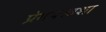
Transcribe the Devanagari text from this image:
प्रेमपरवशा